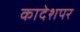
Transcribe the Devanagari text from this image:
कादेशपर